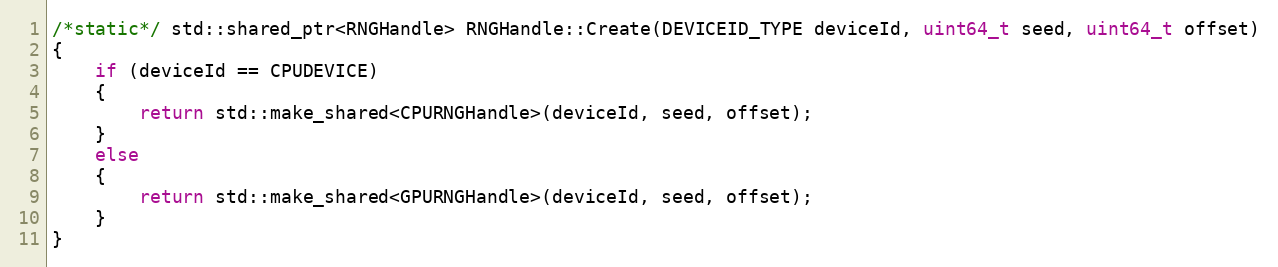
Language: C++
/*static*/ std::shared_ptr<RNGHandle> RNGHandle::Create(DEVICEID_TYPE deviceId, uint64_t seed, uint64_t offset)
{
    if (deviceId == CPUDEVICE)
    {
        return std::make_shared<CPURNGHandle>(deviceId, seed, offset);
    }
    else
    {
        return std::make_shared<GPURNGHandle>(deviceId, seed, offset);
    }
}